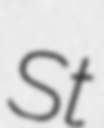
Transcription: St